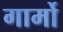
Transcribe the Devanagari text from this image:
गार्मो